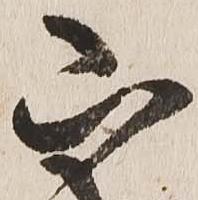
山